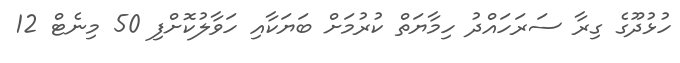
ހުޅުދޫގެ ގިރާ ސަރަހައްދު ހިމާޔަތް ކުރުމަށް ބަޔަކާއި ހަވާލުކޮށްފި 50 މިނެޓް 12